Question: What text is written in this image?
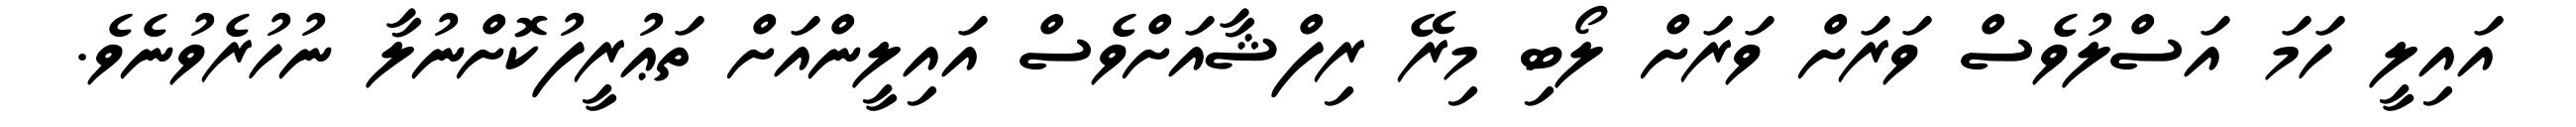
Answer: އައިލީ ހަމަ އަސްލުވެސް ވަރަށް ވަރަށް ލޯބި މިރޭ ރިފްޝާއަށްވެސް އައިލީންއަށް ތަޢުރީފުކޮށްނުލާ ނުހުރެވުނެވެ.